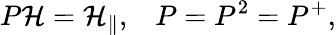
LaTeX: P{\cal H}={\cal H}_{\parallel},\; \; \; P=P^{2}=P^{+},